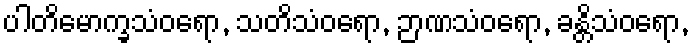
ပါတိမောက္ခသံဝရော, သတိသံဝရော, ဉာဏသံဝရော, ခန္တိသံဝရော,